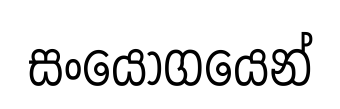
සංයෝගයෙන්